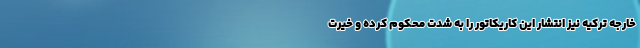
خارجه ترکیه نیز انتشار این کاریکاتور را به شدت محکوم کرده و خیرت